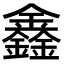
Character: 鑫